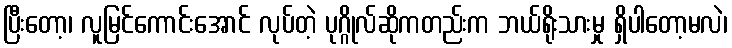
ပြီးတော့၊ လူမြင်ကောင်းအောင် လုပ်တဲ့ ပုဂ္ဂိုလ်ဆိုကတည်းက ဘယ်ရိုးသားမှု ရှိပါတော့မလဲ၊